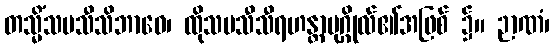
တသ္မိံသမသီသိဘာဝေ၊ ထိုသမသီသီရဟန္တာပုဂ္ဂိုလ်၏အဖြစ် ၌။ ဉာဏံ၊